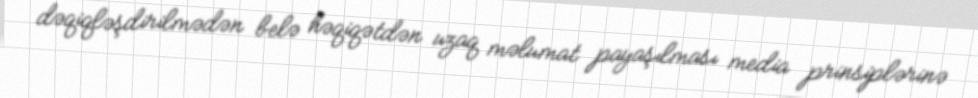
dəqiqləşdirilmədən belə həqiqətdən uzaq məlumat payaşılması media prinsiplərinə